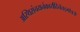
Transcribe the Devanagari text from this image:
अस्थिसंचयनंकार्यंदिनेतद्गोत्रजैः